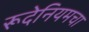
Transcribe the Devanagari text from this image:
रूदेनियमचा